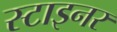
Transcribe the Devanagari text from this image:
स्टाइनर